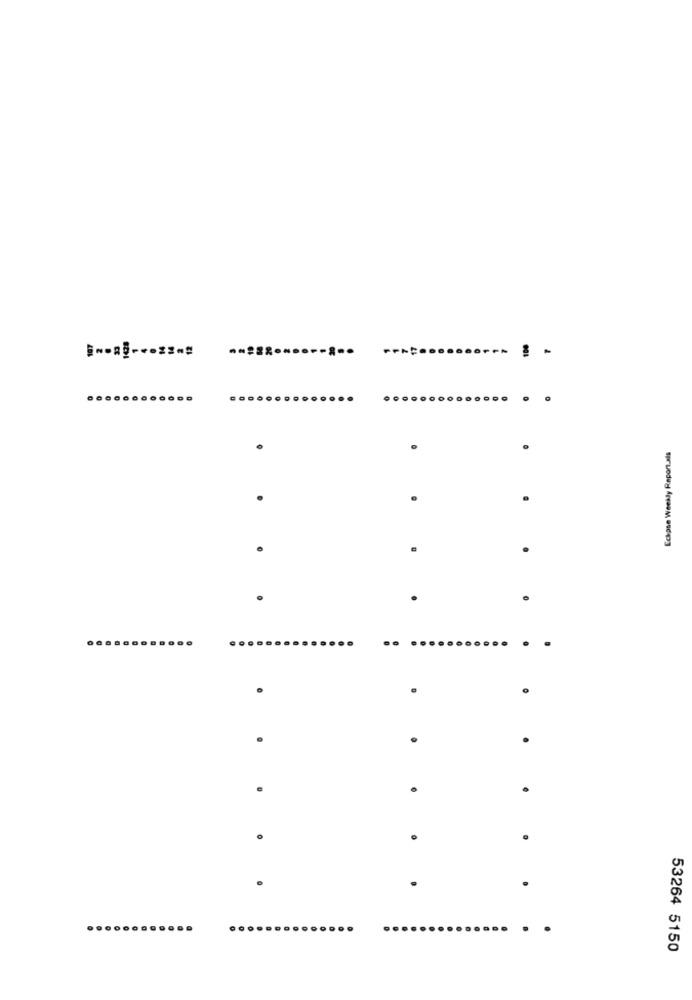
.......
Echase Weekly Report.als
.......
...
53264 5150